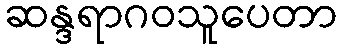
ဆန္ဒရာဂဝသူပေတာ